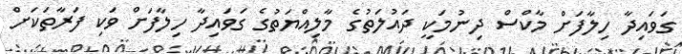
ގަވައިދާ ހިލާފަށް މާކްސް ދިނުމަކީ ދައުލަތުގެ މާލިއްޔަތުގެ ގަވައިދާ ހިލާފަށް ވަކި ފަރާތަކަށް